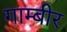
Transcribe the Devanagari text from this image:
गाम्बीर